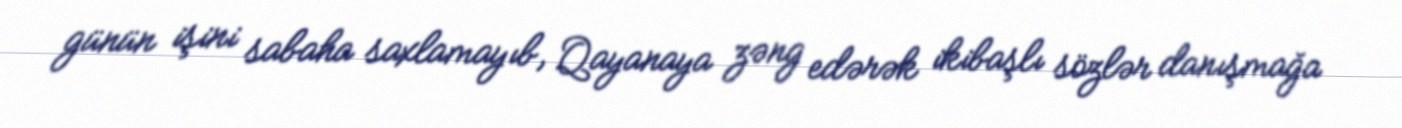
günün işini sabaha saxlamayıb, Qayanaya zəng edərək ikibaşlı sözlər danışmağa